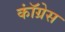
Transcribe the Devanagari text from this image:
काॅंग्रेस